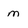
Character: m